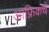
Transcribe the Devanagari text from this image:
आफ्रिकचे